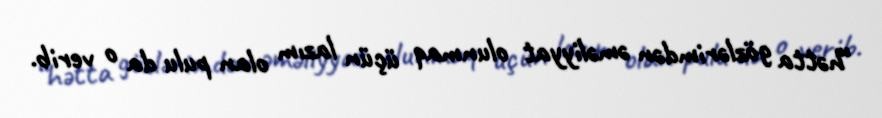
“hətta gözlərimdən əməliyyat olunmaq üçün lazım olan pulu da o verib.